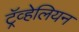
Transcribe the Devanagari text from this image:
ट्रॅव्हेलियन